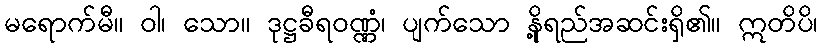
မရောက်မီ။ ဝါ၊ သော။ ဒုဋ္ဌခီရဝဏ္ဏံ၊ ပျက်သော နို့ရည်အဆင်းရှိ၏။ ဣတိပိ၊